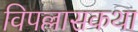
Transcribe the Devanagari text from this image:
विपल्लासकथा